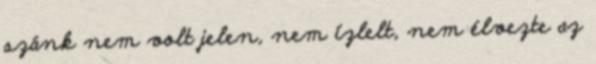
szánk nem volt jelen, nem ízlelt, nem élvezte az